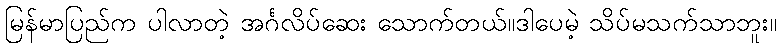
မြန်မာပြည်က ပါလာတဲ့ အင်္ဂလိပ်ဆေး သောက်တယ်။ဒါပေမဲ့ သိပ်မသက်သာဘူး။